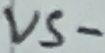
Text: VS-